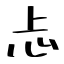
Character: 忐